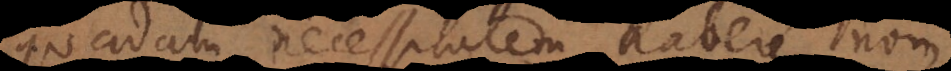
quandam necessitatem habere, non